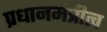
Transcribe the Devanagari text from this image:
प्रधानमंत्रीत्व